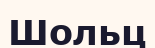
Шольц